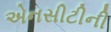
એનસીટીની